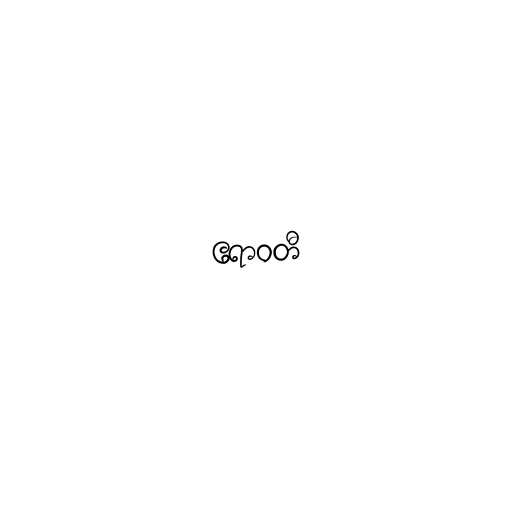
ဧရာဝတီ